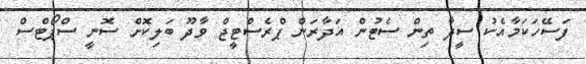
ފަސޭހަކަމާއެކު ސީދާ ތިން ސެޓުން އަދާރަން ޕްރެސްޓީޖް ވާދޫ ބަލިކޮށް ސޮނީ ސްޕޯޓްސް